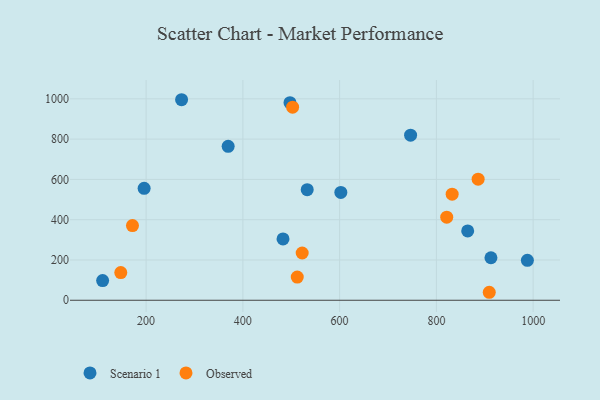
{"axis": {"x": "Study Hours", "y": "Demand"}, "legend": ["Observed", "Scenario 1"], "data": [{"x": "533.0", "y": 549.1, "type": "Scenario 1"}, {"x": "602.5", "y": 535.4, "type": "Scenario 1"}, {"x": "195.9", "y": 555.6, "type": "Scenario 1"}, {"x": "497.4", "y": 981.1, "type": "Scenario 1"}, {"x": "483.0", "y": 304.3, "type": "Scenario 1"}, {"x": "273.3", "y": 995.6, "type": "Scenario 1"}, {"x": "864.7", "y": 344.2, "type": "Scenario 1"}, {"x": "912.8", "y": 211.1, "type": "Scenario 1"}, {"x": "369.6", "y": 764.1, "type": "Scenario 1"}, {"x": "988.1", "y": 198.0, "type": "Scenario 1"}, {"x": "746.7", "y": 819.5, "type": "Scenario 1"}, {"x": "110.1", "y": 97.6, "type": "Scenario 1"}, {"x": "171.8", "y": 370.6, "type": "Observed"}, {"x": "832.6", "y": 526.8, "type": "Observed"}, {"x": "886.3", "y": 600.9, "type": "Observed"}, {"x": "147.6", "y": 137.6, "type": "Observed"}, {"x": "502.8", "y": 958.4, "type": "Observed"}, {"x": "821.4", "y": 412.7, "type": "Observed"}, {"x": "522.6", "y": 234.5, "type": "Observed"}, {"x": "512.4", "y": 115.2, "type": "Observed"}, {"x": "909.3", "y": 39.6, "type": "Observed"}]}